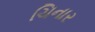
ચિનાર